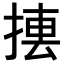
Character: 𢰁